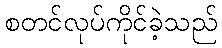
စတင်လုပ်ကိုင်ခဲ့သည်